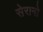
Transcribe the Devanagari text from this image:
सेरानो